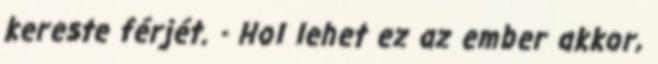
kereste férjét. - Hol lehet ez az ember akkor,